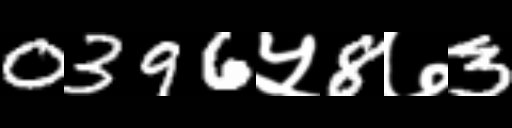
Text: 0396५8७3